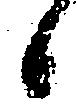
候